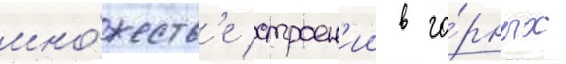
мно́жеств'е строен'ии в го́рных